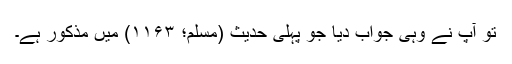
تو آپ نے وہی جواب دیا جو پہلی حدیث (مسلم؛ ۱۱۶۳) میں مذکور ہے۔